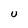
Character: U